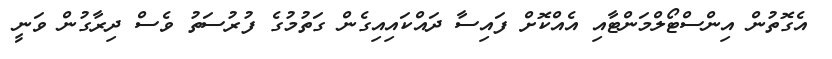
އެގޮތުން އިންސްޓޯލްމަންޓާއި އެއްކޮށް ފައިސާ ދައްކައިއިގެން ގަތުމުގެ ފުރުސަތު ވެސް ދިރާގުން ވަނީ